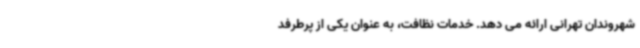
شهروندان تهرانی ارائه می دهد. خدمات نظافت، به عنوان یکی از پرطرفد